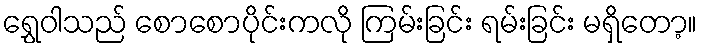
ရွှေဝါသည် စောစောပိုင်းကလို ကြမ်းခြင်း ရမ်းခြင်း မရှိတော့။